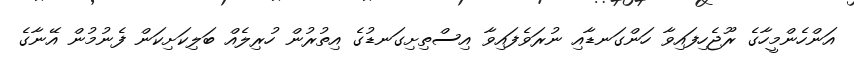
އަންހެންމީހާގެ ރޫޖެހިފައިވާ ހަންގަނޑާއި ނުރަވެފައިވާ އިސްތިށިގަނޑުގެ އިތުރުން ހުރިލެއް ބަލިކަށިކަން ފެނުމުން އޭނާގެ